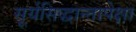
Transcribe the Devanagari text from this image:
सूर्यसिद्धान्तापेक्षा